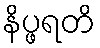
နိပ္ဖရတိ